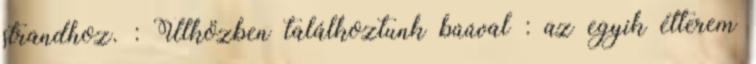
strandhoz. : Útközben találkoztunk búúval : az egyik étterem